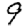
Digit: 9